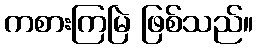
ကစားကြမြဲ ဖြစ်သည်။